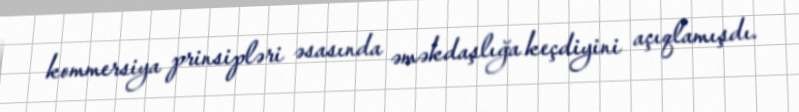
kommersiya prinsipləri əsasında əməkdaşlığa keçdiyini açıqlamışdı.